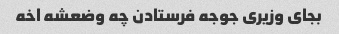
بجای وزیری جوجه فرستادن چه وضعشه اخه